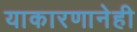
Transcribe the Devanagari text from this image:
याकारणानेही